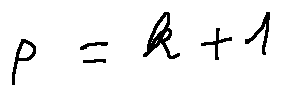
p = k + 1